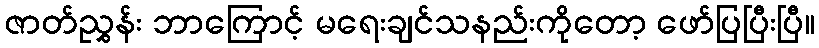
ဇာတ်ညွှန်း ဘာကြောင့် မရေးချင်သနည်းကိုတော့ ဖော်ပြပြီးပြီ။